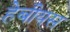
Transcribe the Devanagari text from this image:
हेबीयस